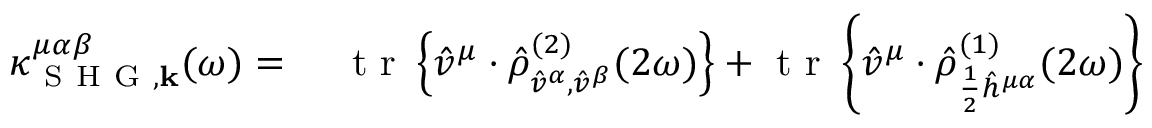
\begin{array} { r l } { \kappa _ { \mathrm { ~ S ~ H ~ G ~ } , \mathbf { k } } ^ { \mu \alpha \beta } ( \omega ) = \, \, } & { { } \mathrm { ~ t ~ r ~ } \left\{ \hat { v } ^ { \mu } \cdot \hat { \rho } _ { \hat { v } ^ { \alpha } , \hat { v } ^ { \beta } } ^ { ( 2 ) } ( 2 \omega ) \right\} + \mathrm { ~ t ~ r ~ } \left\{ \hat { v } ^ { \mu } \cdot \hat { \rho } _ { \frac { 1 } { 2 } \hat { h } ^ { \mu \alpha } } ^ { ( 1 ) } ( 2 \omega ) \right\} } \end{array}